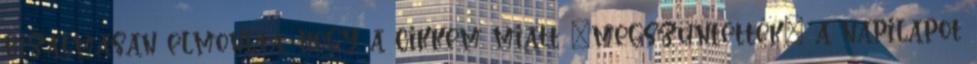
bizal­masan elmondta, hogy a cikkem miatt „megszüntették” a napi­lapot